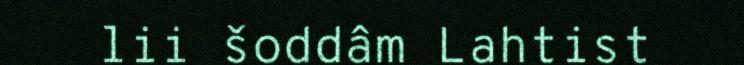
lii šoddâm Lahtist